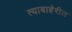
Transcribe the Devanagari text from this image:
त्याबाहेरील